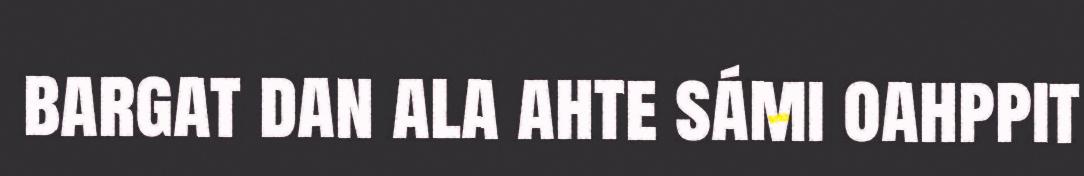
bargat dan ala ahte sámi oahppit